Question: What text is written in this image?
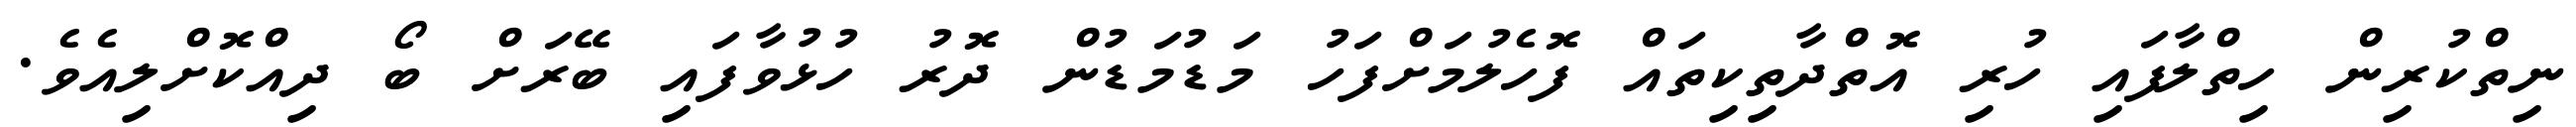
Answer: ނިތްކުރިން ހިތްލާފައި ހުރި އޮތްދާތިކިތައް ފޮހެލުމަށްފަހު މަޑުމަޑުން ދޮރު ހުޅުވާފައި ބޭރަށް ބޯ ދިއްކޮށްލިއެވެ.